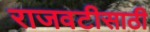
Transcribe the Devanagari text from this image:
राजवटीसाठी